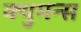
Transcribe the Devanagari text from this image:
क्युमन्स